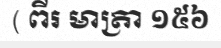
( ពីរ មាត្រា ១៥៦